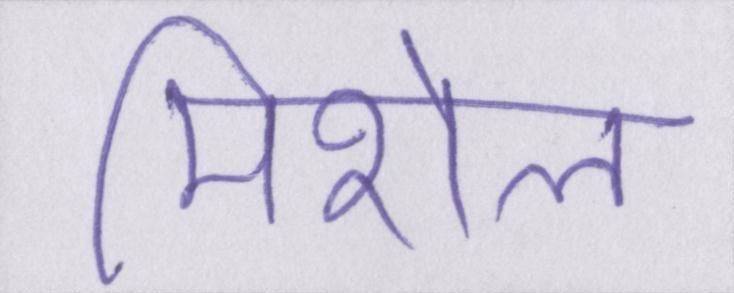
मिशेल